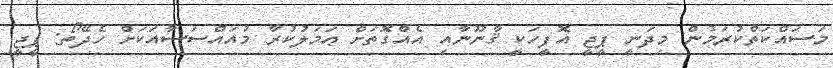
މަސައްކަތްކުރަމުން މިދަނީ ޕީޖީ އޮފީހަކީ ޤާނޫނާއި އެއްގޮތަށް ޢަމަލުކުރާ މުއައްސަސާއަކަށް ހެދޭތޯ: ޕީޖީ